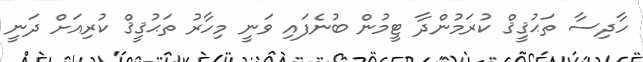
ހާދިސާ ތަޙުޤީޤް ކުރަމުންދާ ޓީމުން ބުނެފައި ވަނީ މިހާރު ތަޙުޤީޤް ކުރިއަށް ދަނީ